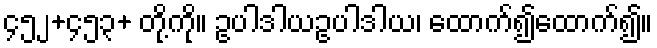
၄၅၂+၄၅၃+ တို့ကို။ ဥပါဒါယဥပါဒါယ၊ ထောက်၍ထောက်၍။